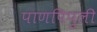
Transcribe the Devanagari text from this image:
पाणपिपुली